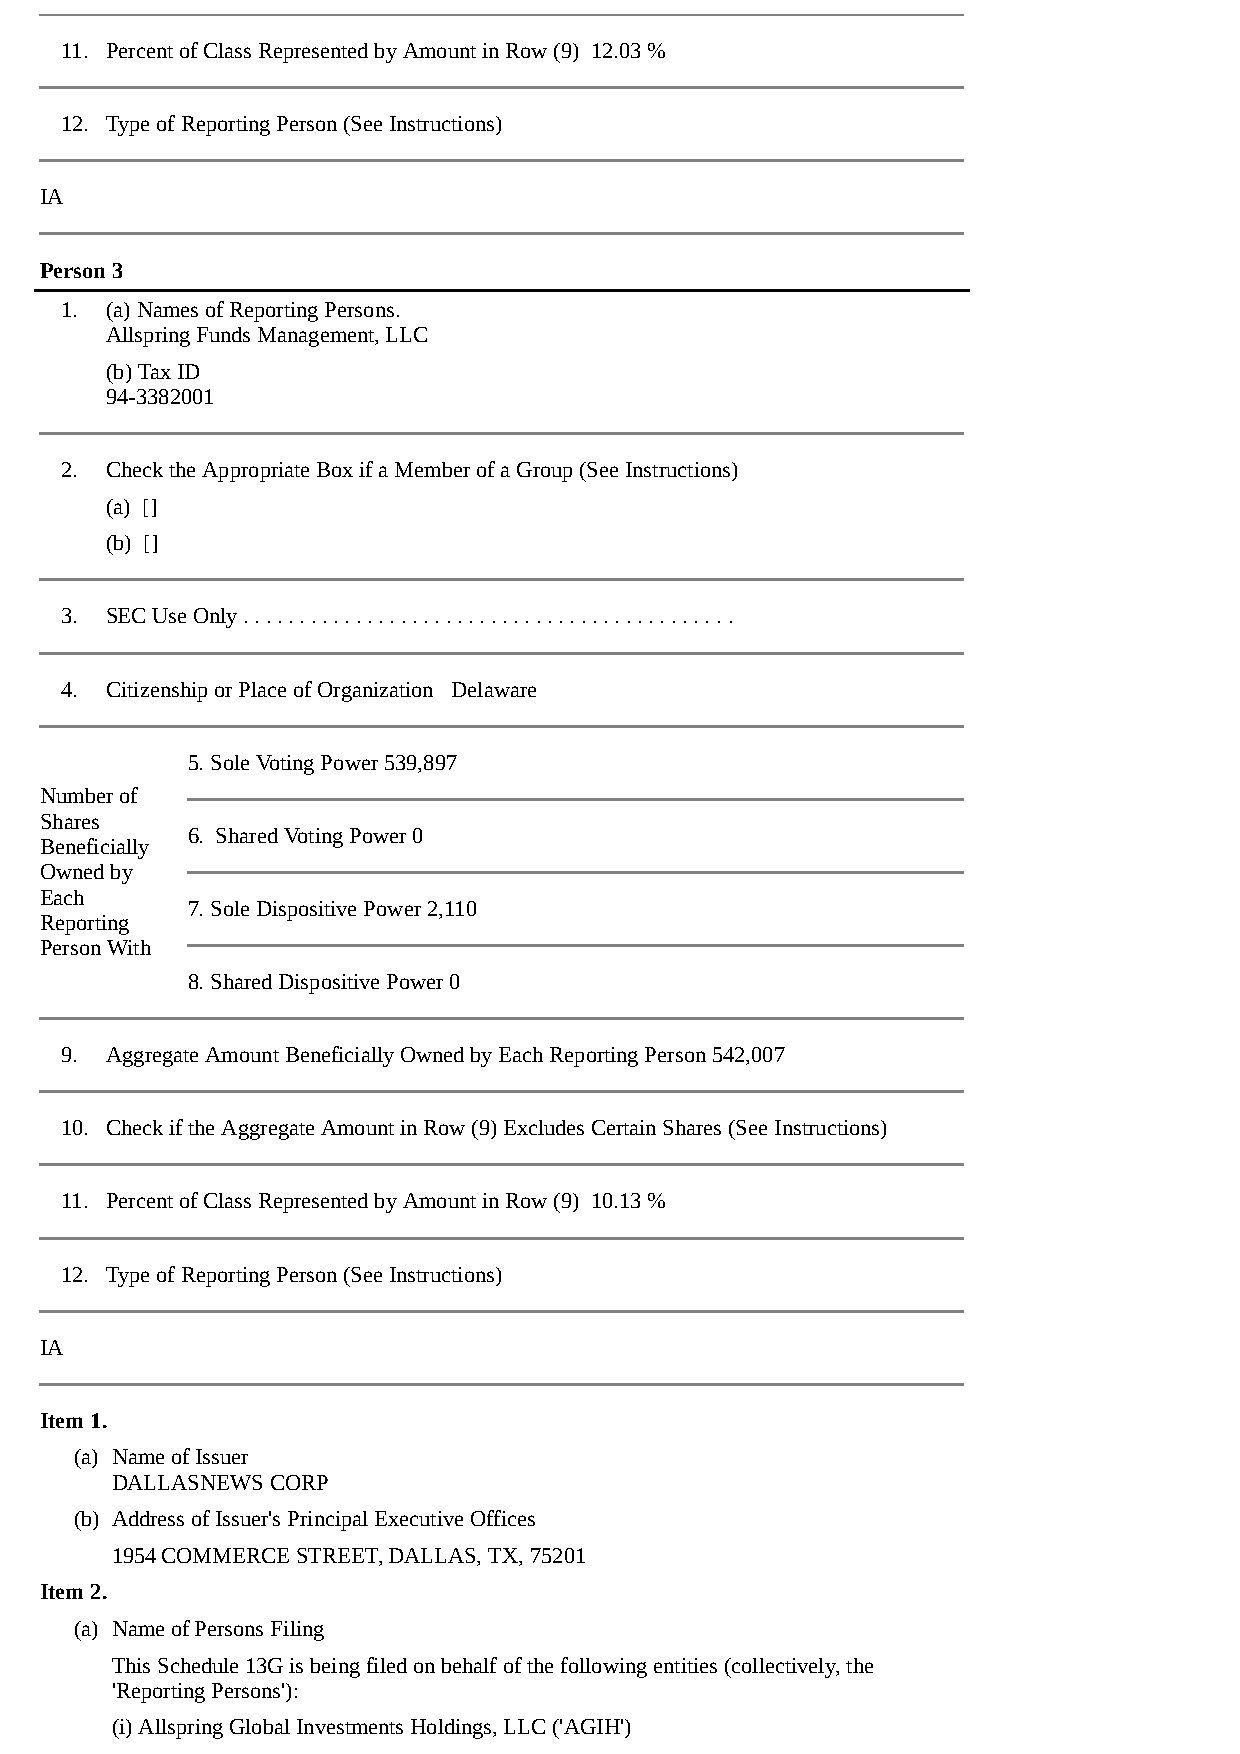
11. Percent of Class Represented by Amount in Row (9) 12.03 %
 12. Type of Reporting Person (See Instructions)
 IA
 Person 3
 1. (a) Names of Reporting Persons.
 Allspring Funds Management, LLC
 (b) Tax ID
 94-3382001
 2. Check the Appropriate Box if a Member of a Group (See Instructions)
 (a) []
 (b) []
 3. SEC Use Only . . . . . . . . . . . . . . . . . . . . . . . . . . . . . . . . . . . . . . . . . . . .
 4. Citizenship or Place of Organization Delaware
 5. Sole Voting Power 539,897
 Number of
 Shares
 6. Shared Voting Power 0
 Beneficially
 Owned by
 Each
 7. Sole Dispositive Power 2,110
 Reporting
 Person With
 8. Shared Dispositive Power 0
 9. Aggregate Amount Beneficially Owned by Each Reporting Person 542,007
 10. Check if the Aggregate Amount in Row (9) Excludes Certain Shares (See Instructions)
 11. Percent of Class Represented by Amount in Row (9) 10.13 %
 12. Type of Reporting Person (See Instructions)
 IA
 Item 1.
 (a) Name of Issuer
 DALLASNEWS CORP
 (b) Address of Issuer's Principal Executive Offices
 1954 COMMERCE STREET, DALLAS, TX, 75201
 Item 2.
 (a) Name of Persons Filing
 This Schedule 13G is being filed on behalf of the following entities (collectively, the
 'Reporting Persons'):
 (i) Allspring Global Investments Holdings, LLC ('AGIH')